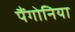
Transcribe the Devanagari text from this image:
पैंगोनिया